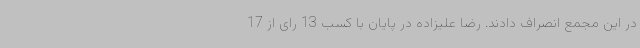
در این مجمع انصراف دادند. رضا علیزاده در پایان با کسب 13 رای از 17